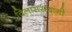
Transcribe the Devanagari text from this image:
विलासरावांनी